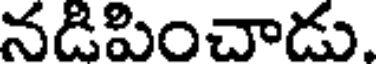
నడిపించాడు.